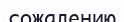
сожалению